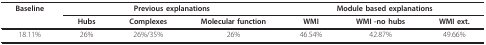
| Baseline | <COLSPAN=3> Previous explanations | <COLSPAN=3> Module based explanations |
 |  | Hubs | Complexes | Molecular function | WMI | WMI -no hubs | WMI ext. |
 | --- | --- | --- | --- | --- | --- | --- |
 | 18.11% | 26% | 26%/35% | 26% | 46.54% | 42.87% | 49.66% |